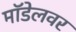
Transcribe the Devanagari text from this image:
मॉडेलवर